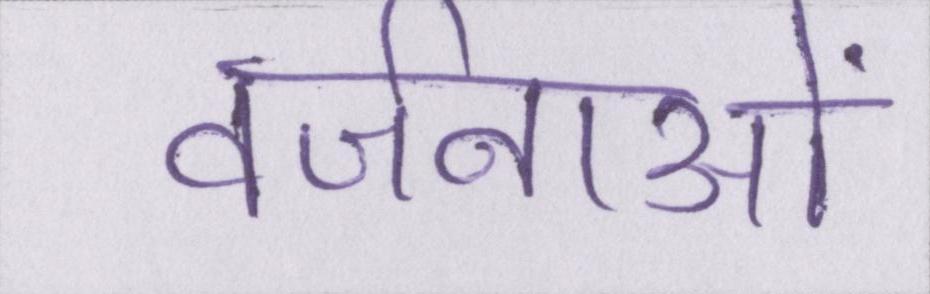
वर्जनाओं